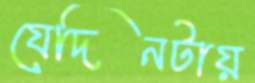
যেদিনটায়